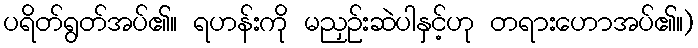
ပရိတ်ရွတ်အပ်၏။ ရဟန်းကို မညှဉ်းဆဲပါနှင့်ဟု တရားဟောအပ်၏။)